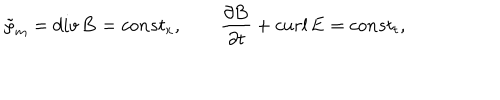
\tilde { \rho } _ { m } = d i v \, { \bf B } = c o n s t _ { x } , \qquad { \frac { \partial { \bf B } } { \partial t } } + c u r l \, { \bf E } = c o n s t _ { t } ,